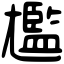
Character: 尷